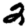
Digit: 2